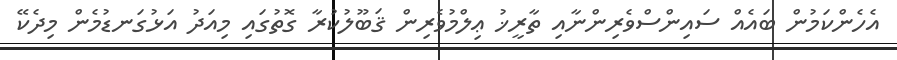
އެހެންކަމުން ބައެއް ސައިންސްވެރިންނާއި ތާރީޚު ޢިލްމުވެރިން ޤަބޫލުކުރާ ގޮތުގައި މިއަދު އަޅުގަނޑުމެން މިދެކޭ